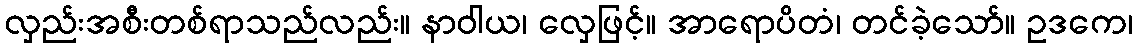
လှည်းအစီးတစ်ရာသည်လည်း။ နာဝါယ၊ လှေဖြင့်။ အာရောပိတံ၊ တင်ခဲ့သော်။ ဥဒကေ၊